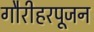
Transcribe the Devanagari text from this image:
गौरीहरपूजन